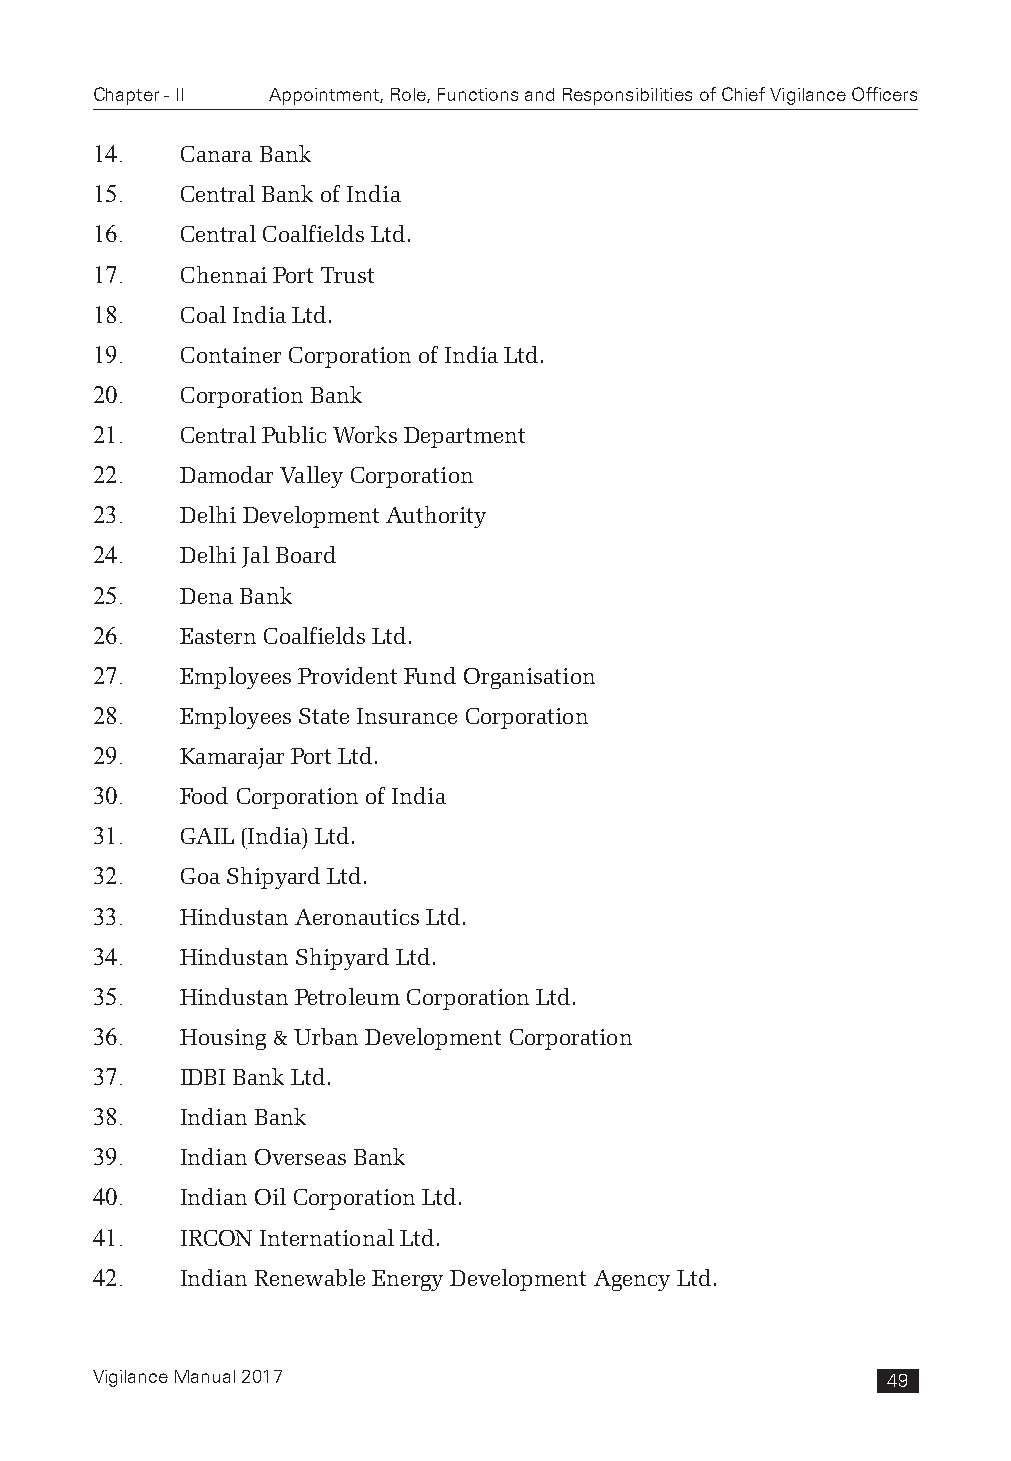
Chapter - II Appointment, Role, Functions and Responsibilities of Chief Vigilance Officers
 14.   Canara Bank
 15.   Central Bank of India
 16.   Central Coalfields Ltd.
 17.   Chennai Port Trust
 18.   Coal India Ltd.
 19.   Container Corporation of India Ltd.
 20.   Corporation Bank
 21.   Central Public Works Department
 22.   Damodar Valley Corporation
 23.   Delhi Development Authority
 24.   Delhi Jal Board
 25.   Dena Bank
 26.   Eastern Coalfields Ltd.
 27.   Employees Provident Fund Organisation
 28.   Employees State Insurance Corporation
 29.   Kamarajar Port Ltd.
 30.   Food Corporation of India
 31.   GAIL (India) Ltd.
 32.   Goa Shipyard Ltd.
 33.   Hindustan Aeronautics Ltd.
 34.   Hindustan Shipyard Ltd.
 35.   Hindustan Petroleum Corporation Ltd.
 36.   Housing & Urban Development Corporation
 37.   IDBI Bank Ltd.
 38.   Indian Bank
 39.   Indian Overseas Bank
 40.   Indian Oil Corporation Ltd.
 41.   IRCON International Ltd.
 42.   Indian Renewable Energy Development Agency Ltd.
 Vigilance Manual 2017                                49